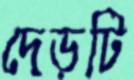
দেড়টি